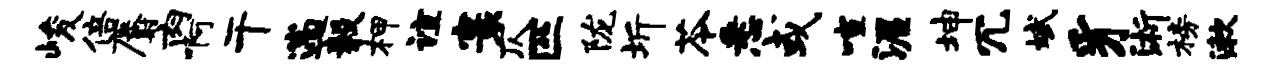
峻倍麝肉啊干遄毅柙谊寰仄匹陇圻苓悉或喧渥坤冗斌豸浙榜漱